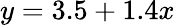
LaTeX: y=3.5+1.4x